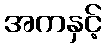
အကနှင့်